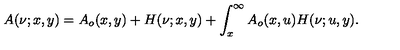
A ( \nu ; x , y ) = A _ { o } ( x , y ) + H ( \nu ; x , y ) + \int _ { x } ^ { \infty } A _ { o } ( x , u ) H ( \nu ; u , y ) .